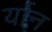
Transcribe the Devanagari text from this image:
र्यान